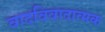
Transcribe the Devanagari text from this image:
वादविवादात्मक